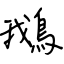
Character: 鵝